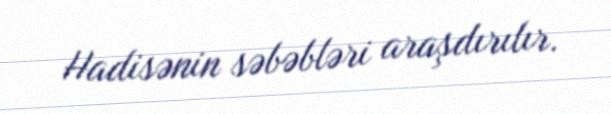
Hadisənin səbəbləri araşdırılır.